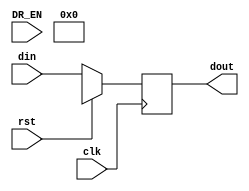
`timescale 1ns / 1ps
//////////////////////////////////////////////////////////////////////////////////
// Company: 
// Engineer: 
// 
// Design Name: 
// Module Name: data_register
// Project Name: 
// Target Devices: 
// Tool Versions: 
// Description: 
// 
// Dependencies: 
// 
// Revision:
// Revision 0.01 - File Created
// Additional Comments:
// 
//////////////////////////////////////////////////////////////////////////////////


module data_register 
/*** PARAMETERS ***/
#(parameter
    DATA_WL     = 32,
    ADDR_RF_WL  = 5,
    ADDR_MEM    = 32,
    IMMED_WL    = 16,
    JUMP_WL     = 26
)
/*** IN/OUT ***/
(
    // IN
    input                           clk,
                                    rst,
                                    DR_EN,
    input [DATA_WL - 1 : 0]         din,
    
    // OUT
    output reg [DATA_WL - 1 : 0]    dout
);

    always @(posedge clk)
    begin
        if (rst) dout <= 1'bx;
        else dout <= din;
    end
    
endmodule